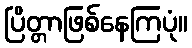
ပြိတ္တာဖြစ်နေကြပုံ။